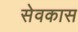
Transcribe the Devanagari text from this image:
सेवकास